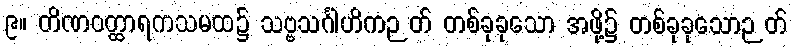
၉။ တိဏဝတ္ထာရကသမထ၌ သဗ္ဗသင်္ဂါဟိကဉတ် တစ်ခုခုသော အဖို့၌ တစ်ခုခုသောဉတ်